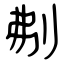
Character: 刜